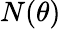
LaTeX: N(\theta)